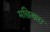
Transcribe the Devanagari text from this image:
मछियारा